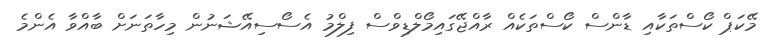
މޭކަޕް ކޯސްތަކާއި ޑާންސް ކޯސްތަކެއް ރާއްޖޭގައިމޯލްޑިވްސް ފިލްމު އެސޯސިއޭޝަނުން މިހާތަނަށް ބާއްވާ އެންމެ